Annual report on the mental hospital in the Central Provinces and Berar (Nagpur) - 1927-1951
Year: 1927
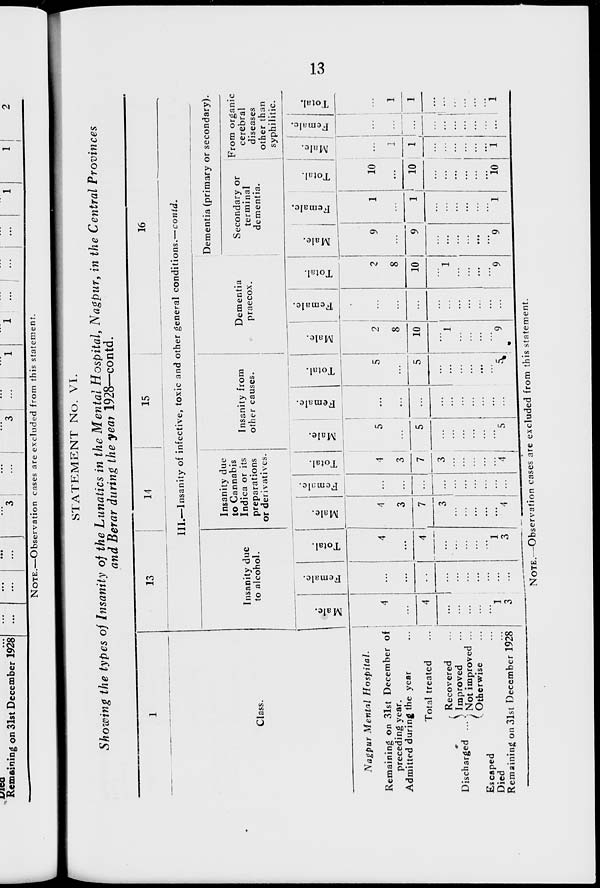
13
STATEMENT No. VI.
Showing the types of Insanity of the Lunatics in the Mental Hospital, Nagpur, in the Central Provinces
and Berar during the year 1928—contd.
1
Class.
Nagpur Mental
Hospital.
Remaining on 31st December of
preceding year.
Admitted during the year ...
Total treated ...
Discharged ...
Recovered ...
Improved ...
Not improved ...
Otherwise ...
Escaped ...
Died ...
Remaining on 31st December 1928
13
14
15
16
III.—Insanity of infective, toxic and other general conditions.—contd.
Insanity due
to alcohol.
Male.
4
...
4
...
...
...
...
...
1
3
Female.
...
...
...
...
...
...
...
...
...
...
Total.
4
...
4
...
...
...
...
1
3
Insanity due
to Cannabis
Indica or its
preparations
or derivatives.
Male.
4
3
7
3
...
...
...
...
...
4
Female.
...
...
...
...
...
...
...
...
...
...
Total.
4
3
7
3
...
...
...
...
4
Insanity from
other causes.
Male.
5
...
5
...
...
...
...
...
...
5
Female.
...
...
...
...
...
...
...
...
...
...
Total.
5
...
5
...
...
...
...
...
...
5
Dementia
praecox.
Male.
2
8
10
...
1
...
...
...
...
9
Female.
...
...
...
...
...
...
...
...
...
...
Total.
2
8
10
...
1
...
...
...
...
9
Dementia (primary or secondary).
Secondary or
terminal
dementia.
Male.
9
...
9
...
...
...
...
...
...
9
Female.
1
...
1
...
...
...
...
...
...
1
Total.
10
...
10
...
...
...
...
...
...
10
From organic
cerebral
diseases
other than
syphilitic.
Male.
...
1
1
...
...
...
...
...
...
1
Female.
...
...
...
...
...
...
...
...
...
...
Total.
...
1
1
...
...
...
...
...
...
1
NOTE.—Observation cases are excluded from this statement.